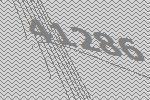
41286